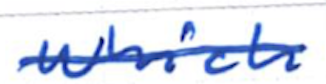
Text: which
Cross-out: single-line
Writing tool: ballpoint